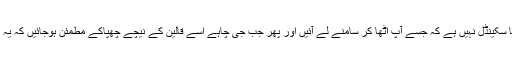
یہ کسی طور ایک معمولی یا معمول کا سکینڈل نہیں ہے کہ جسے آپ اٹھا کر سامنے لے آئیں اور پھر جب جی چاہے اسے قالین کے نیچے چھپاکے مطمئن ہوجائیں کہ یہ پبلک کی نظروں سے اوجھل ہوگیاہے۔